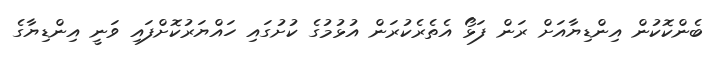
ބެންކޮކުން އިންޑިޔާއަށް ރަން ފަޅޯ އެތެރެކުރަން އުޅުމުގެ ކުށުގައި ހައްޔަރުކޮށްފައި ވަނީ އިންޑިޔާގެ